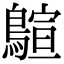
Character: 𪃗